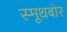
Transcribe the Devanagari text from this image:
स्मूथबोर